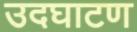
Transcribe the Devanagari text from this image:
उदघाटण